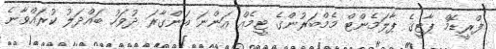
ފްރީޑޮމް ޕާޓީގެ ޕާލަމެންޓް މެމްބަރުންގެ ޓީމެއް އަންނަ އަންގާރަ ދުވަހު ބައްދަލު ކުރައްވާނެ